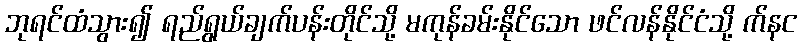
ဘုရင်ထံသွား၍ ရည်ရွယ်ချက်ပန်းတိုင်သို့ မကုန်ခမ်းနိုင်သော ဖင်လန်နိုင်ငံသို့ က်နင